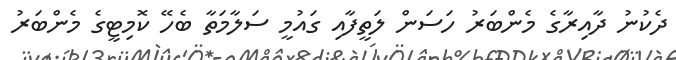
ދެކުނު ދާއިރާގެ މެންބަރު ހަސަން ލަތީފާއި ގައުމީ ސަލާމަތާ ބެހޭ ކޮމިޓީގެ މެންބަރު